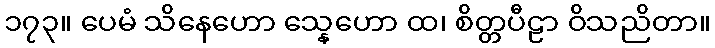
၁၇၃။ ပေမံ သိနေဟော သ္နေဟော ထ၊ စိတ္တပီဠာ ဝိသညိတာ။